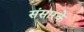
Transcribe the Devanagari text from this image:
संसारके